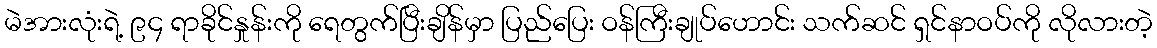
မဲအားလုံးရဲ့ ၉၄ ရာခိုင်နှုန်းကို ရေတွက်ပြီးချိန်မှာ ပြည်ပြေး ဝန်ကြီးချုပ်ဟောင်း သက်ဆင် ရှင်နာဝပ်ကို လိုလားတဲ့